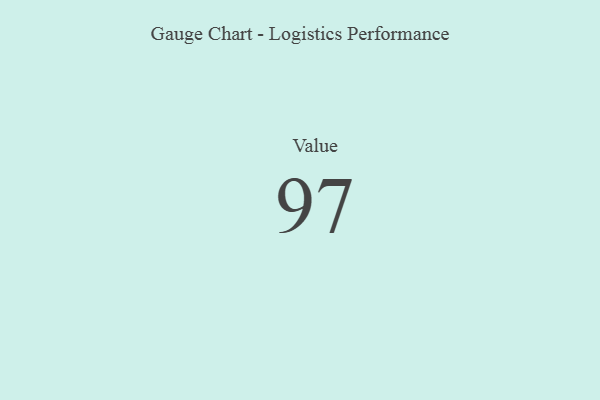
{"axis": {"x": "Metric", "y": "Value"}, "legend": [""], "data": [{"x": "Value", "y": 97, "type": ""}]}